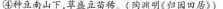
7. 材料② 描述的生产场景体现了人类对自然的态度是 （ ）